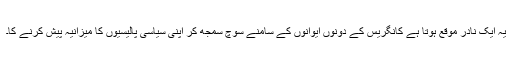
یہ ایک نادر موقع ہوتا ہے کانگریس کے دونوں ایوانوں کے سامنے سوچ سمجھ کر اپنی سیاسی پالیسیوں کا میزانیہ پیش کرنے کا۔